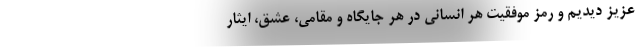
عزیز دیدیم و رمز موفقیت هر انسانی در هر جایگاه و مقامی، عشق، ایثار